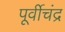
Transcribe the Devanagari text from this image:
पूर्वीचंद्र